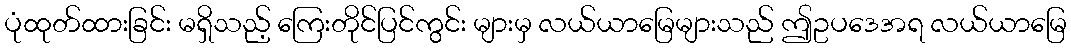
ပုံထုတ်ထားခြင်း မရှိသည့် ကြေးတိုင်ပြင်ကွင်း များမှ လယ်ယာမြေများသည် ဤဥပဒေအရ လယ်ယာမြေ